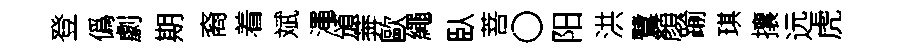
登僞劇期裔着斌澠頒莾歐繩臥菩〇阳洪鷺顏踰琪攘远虎